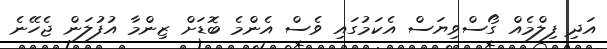
އަދި ފިލްމެއް ގޯސްވިޔަސް އެކަމުގައި ވެސް އެންމެ ބޮޑަށް ޒިންމާ އުފުލަން ޖެހޭނެ